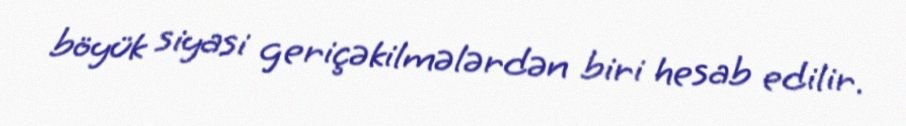
böyük siyasi geriçəkilmələrdən biri hesab edilir.